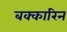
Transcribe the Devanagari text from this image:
बक्कारिन